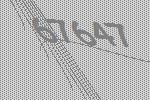
67647